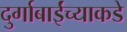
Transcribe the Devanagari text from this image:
दुर्गाबाईंच्याकडे